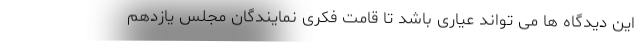
این دیدگاه ها می تواند عیاری باشد تا قامت فکری نمایندگان مجلس یازدهم